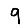
Digit: 9